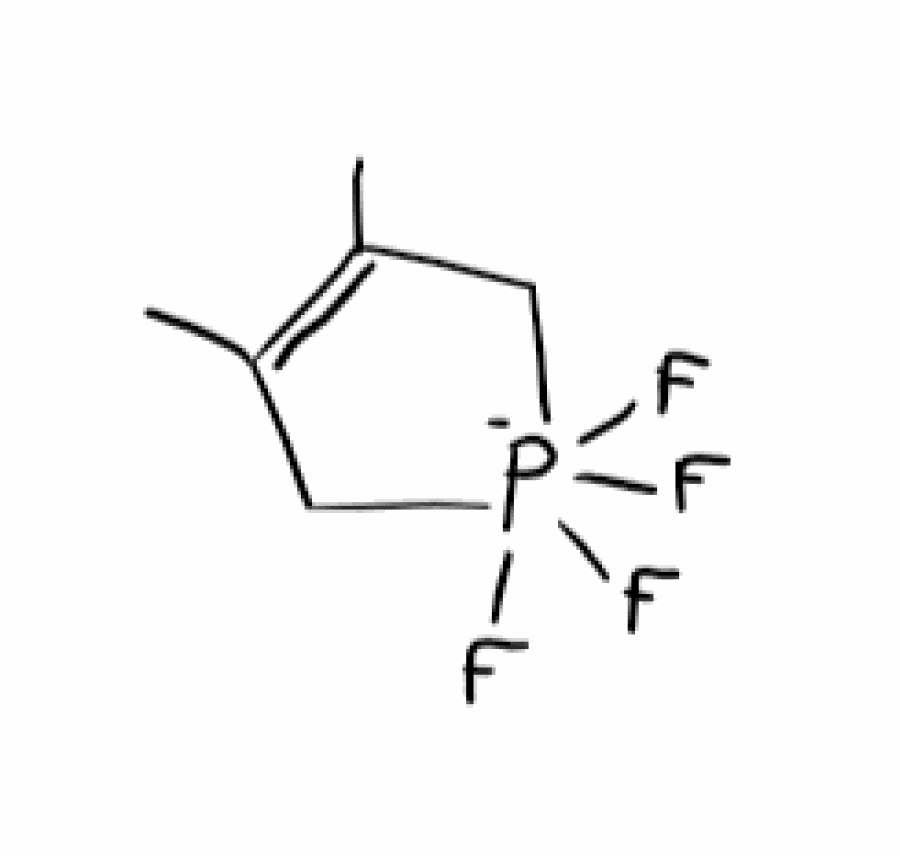
Simplified molecular-input line-entry system (SMILES) notation of the given molecule:
CC1=C(C[P-](C1)(F)(F)(F)F)C